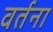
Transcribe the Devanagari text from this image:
वर्तना